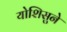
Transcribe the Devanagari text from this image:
योशिसुने